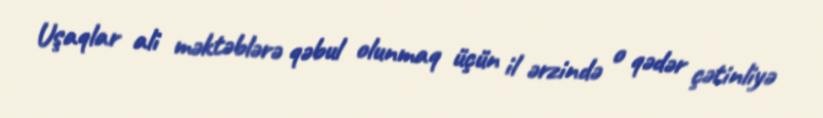
Uşaqlar ali məktəblərə qəbul olunmaq üçün il ərzində o qədər çətinliyə